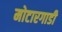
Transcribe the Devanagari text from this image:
मोटारगाडी